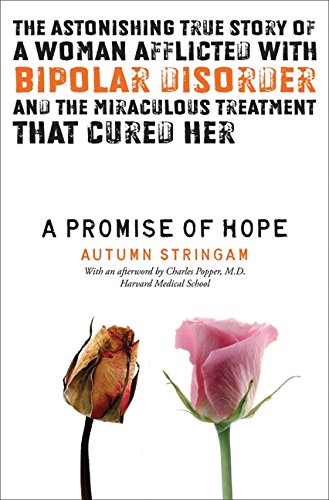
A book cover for A Promise of Hope; Autumn Stringam; Health, Fitness & Dieting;